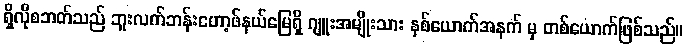
ရှိလိုစဘတ်သည် ဘူးလက်ဘန်းဟော့ဖ်နယ်မြေရှိ ဂျူးအမျိုးသား နှစ်ယောက်အနက် မှ တစ်ယောက်ဖြစ်သည်။